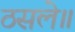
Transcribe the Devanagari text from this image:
ठसले॥